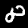
Digit: 8